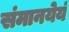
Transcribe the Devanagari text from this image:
संमानयेयं